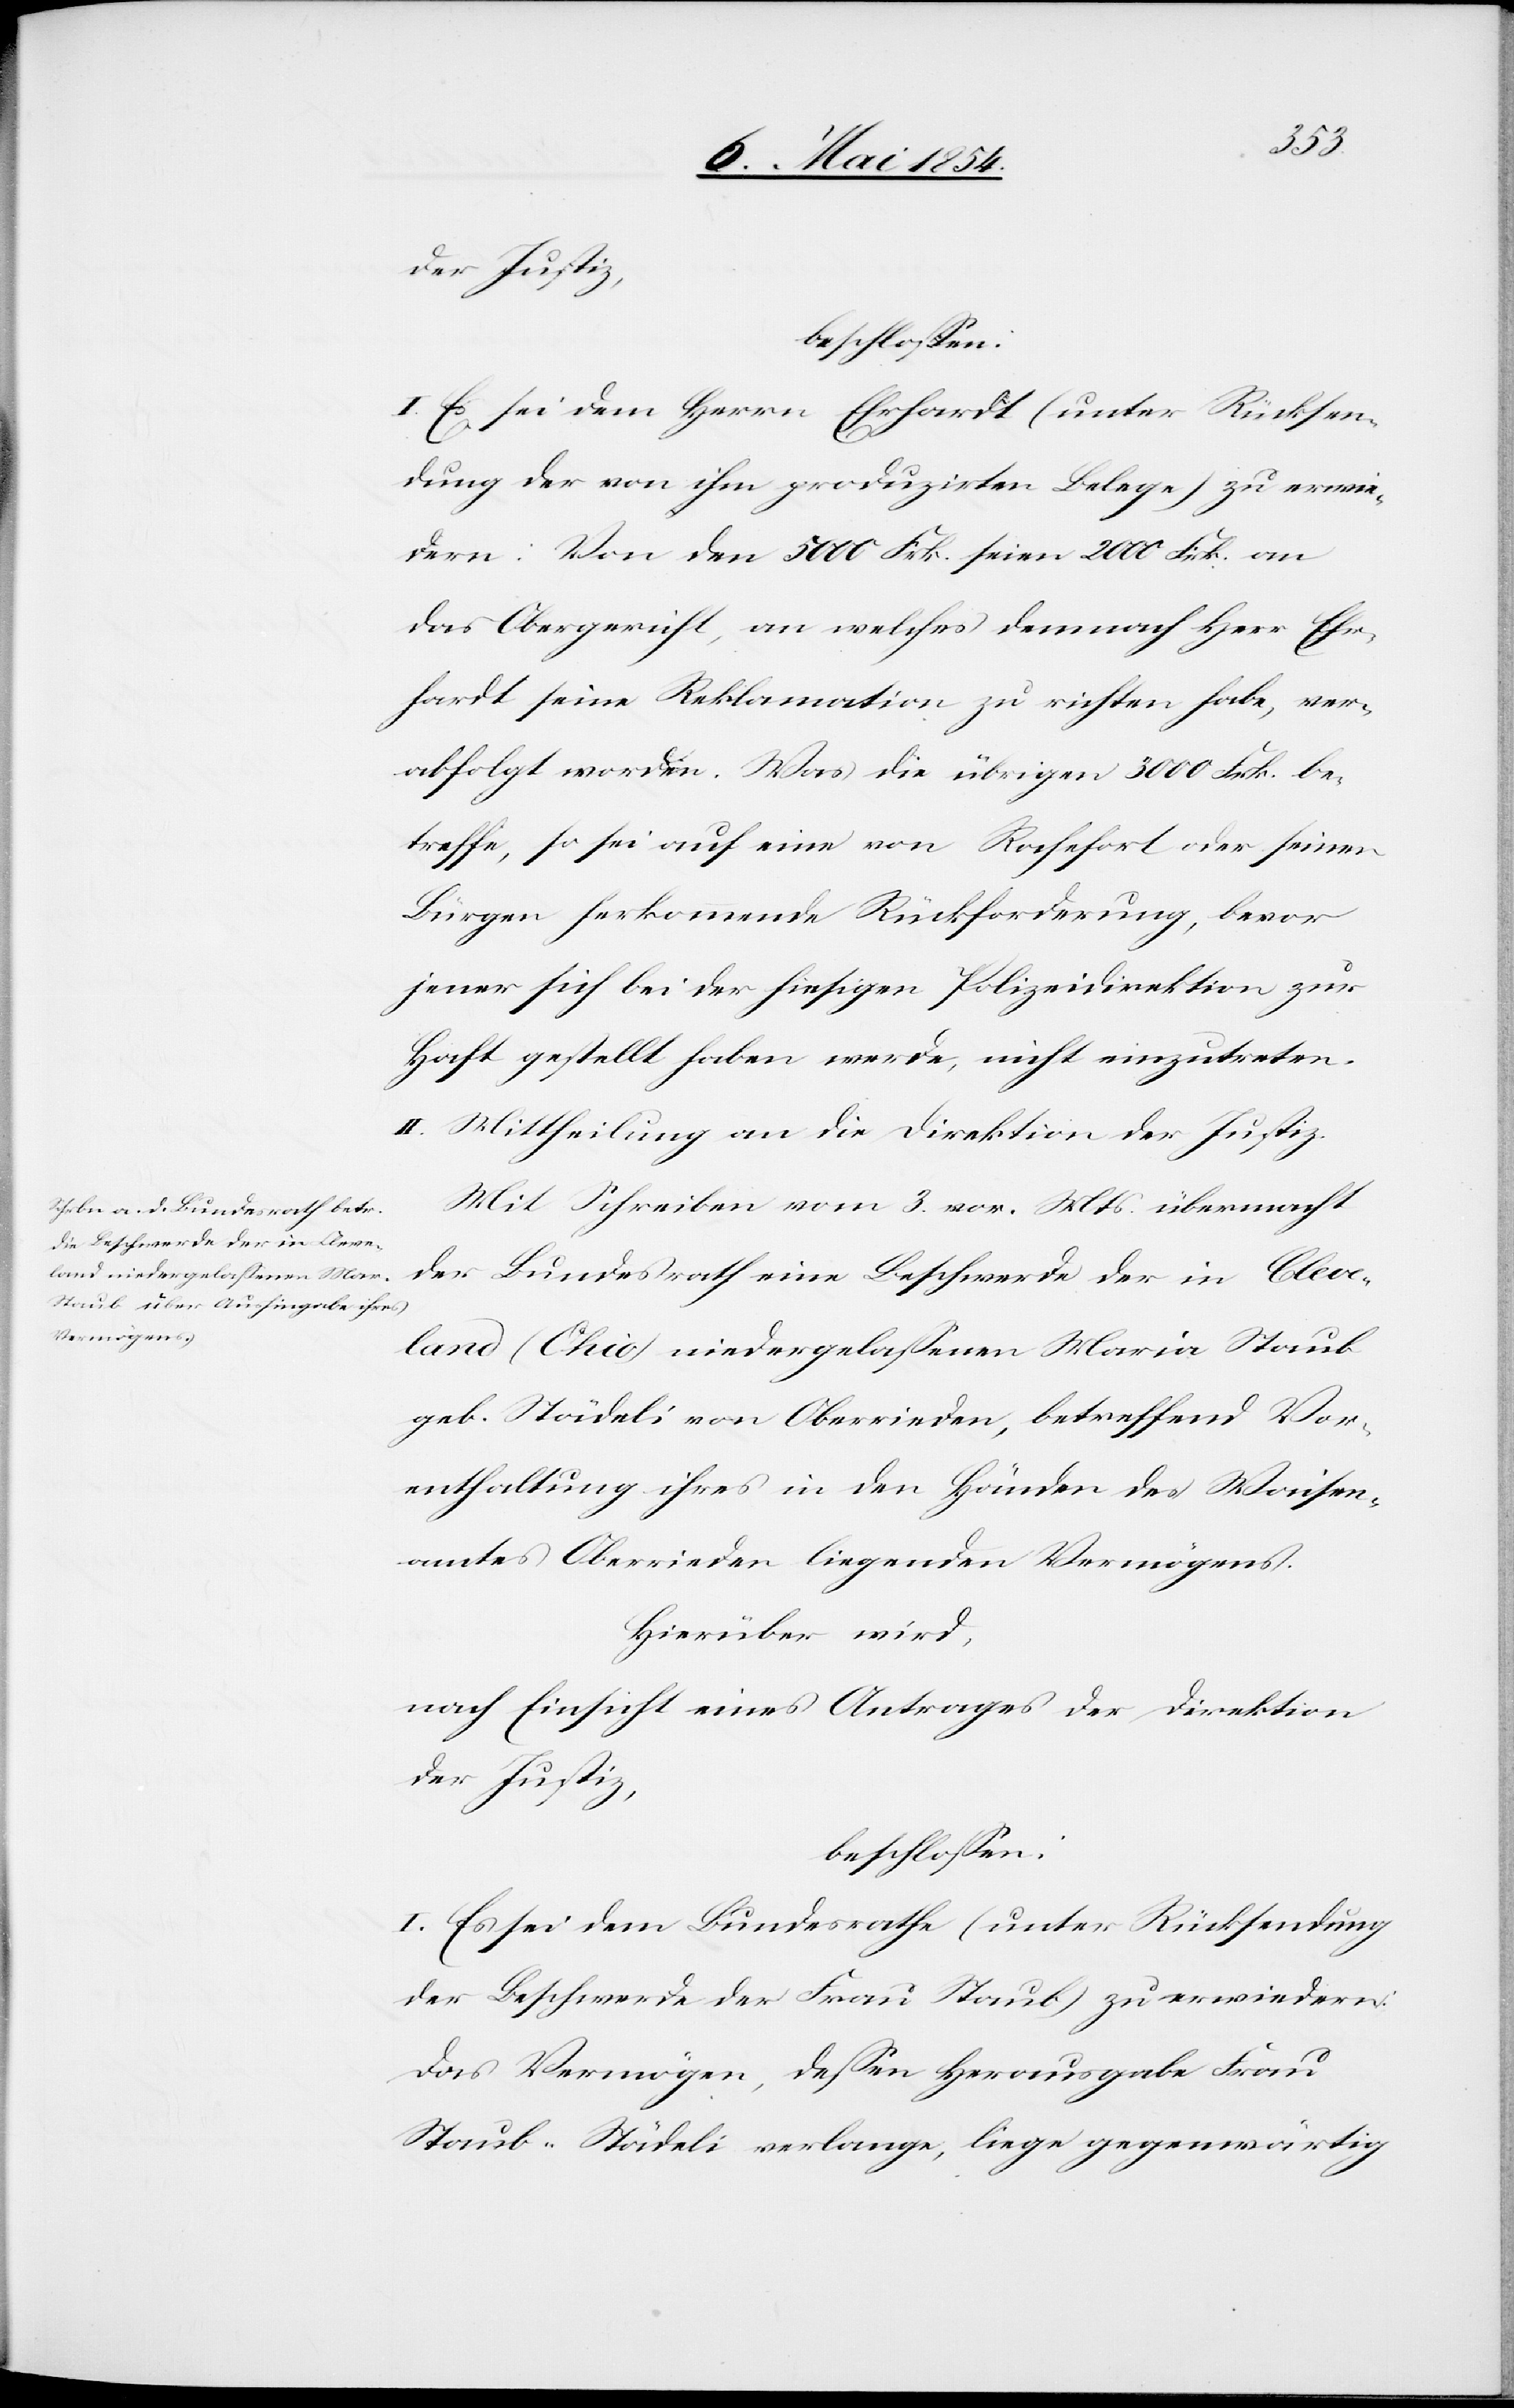
der Justiz,
beschloßen:
I. Es sei dem Herrn Ehrhardt (unter Rücksen¬
dung der von ihm produzirten Belege) zu erwie¬
dern: Von den 5000 Frk. seien 2000 Frk. an
das Obergericht, ans welches demnach Herr Ehr¬
hardt seine Reklamation zu richten habe, ver¬
abfolgt worden. Was die übrigen 3000 Frk. be¬
treffe, so sei auf eine von Rochefort oder seinen
Bürgen herkommende Rückforderung, bevor
jener sich bei der hiesigen Polizeidirektion zur
Haft gestellt haben werde, nicht einzutreten.
II. Mittheilung an die Direktion der Justiz.
Mit Schreiben vom 3. vor. Mts. übermacht
der Bundesrath eine Beschwerde der in Cleve¬
land (Chio) niedergelaßenen Maria Staub
geb. Städeli von Oberrieden, betreffend Vor¬
enthaltung ihres in den Händen des Waisen¬
amtes Oberrieden liegenden Vermögens.
Hierüber wird,
nach Einsicht eines Antrages der Direktion
der Justiz,
beschloßen:
I. Es sei dem Bundesrathe (unter Rücksendung
der Beschwerde der Frau Staub) zu erwiedern:
Das Vermögen, deßen Herausgabe Frau
Staub-Städeli verlange, liege gegenwärtig